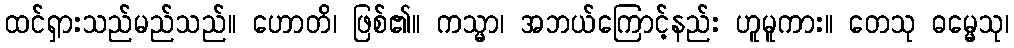
ထင်ရှားသည်မည်သည်။ ဟောတိ၊ ဖြစ်၏။ ကသ္မာ၊ အဘယ်ကြောင့်နည်း ဟူမူကား။ တေသု ဓမ္မေသု၊